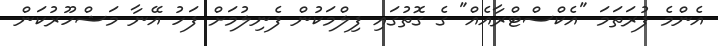
އެންމެ ފުރަތަމަ "އެކްސްޓްރާއެއް" ގެ ގޮތުގައި ފިލްމަކުން ފެނިލުމަށް ފަހު އޭނާ މަޝްހޫރުކަން